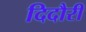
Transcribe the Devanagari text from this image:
दिदौरी